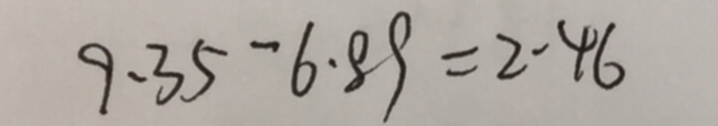
9 . 3 5 - 6 . 8 9 = 2 . 4 6